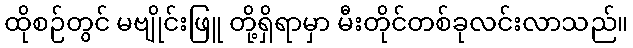
ထိုစဉ်တွင် မဗျိုင်းဖြူ တို့ရှိရာမှာ မီးတိုင်တစ်ခုလင်းလာသည်။